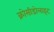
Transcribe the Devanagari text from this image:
क्रोसीडोलाइट